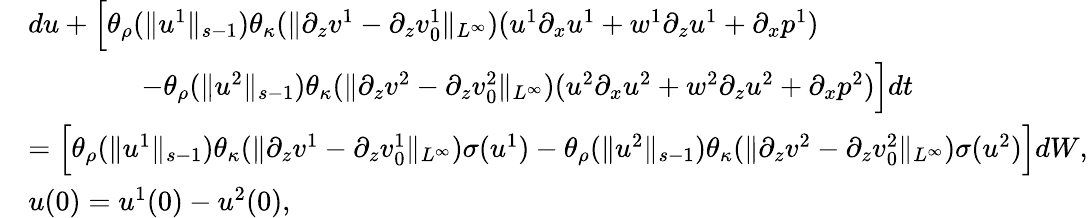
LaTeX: \begin{array}{rl}&{du+\Big[\theta_{\rho}(\| u^{1}\| _{s-1})\theta_{\kappa}(\| \partial_{z}v^{1}-\partial_{z}v_{0}^{1}\| _{L^{\infty}})(u^{1}\partial_{x}u^{1}+w^{1}\partial_{z}u^{1}+\partial_{x}p^{1})}\\ &{\qquad\qquad-\theta_{\rho}(\| u^{2}\| _{s-1})\theta_{\kappa}(\| \partial_{z}v^{2}-\partial_{z}v_{0}^{2}\| _{L^{\infty}})(u^{2}\partial_{x}u^{2}+w^{2}\partial_{z}u^{2}+\partial_{x}p^{2})\Big]dt}\\ &{=\Big[\theta_{\rho}(\| u^{1}\| _{s-1})\theta_{\kappa}(\| \partial_{z}v^{1}-\partial_{z}v_{0}^{1}\| _{L^{\infty}})\sigma(u^{1})-\theta_{\rho}(\| u^{2}\| _{s-1})\theta_{\kappa}(\| \partial_{z}v^{2}-\partial_{z}v_{0}^{2}\| _{L^{\infty}})\sigma(u^{2})\Big]dW,}\\ &{u(0)=u^{1}(0)-u^{2}(0),}\end{array}